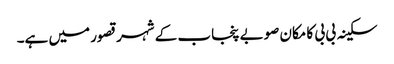
سکینہ بی بی کا مکان صوبے پنجاب کے شہر قصور میں ہے۔